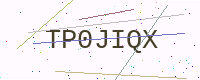
Text: TP0JIQX